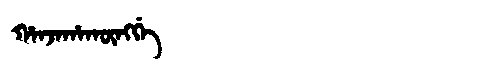
Manchu: ᡥᠠᠨᠵᠠᡥᠠᡴᡡᠩᡤᡝ
Romanization: HANJAHAKŪNGGE